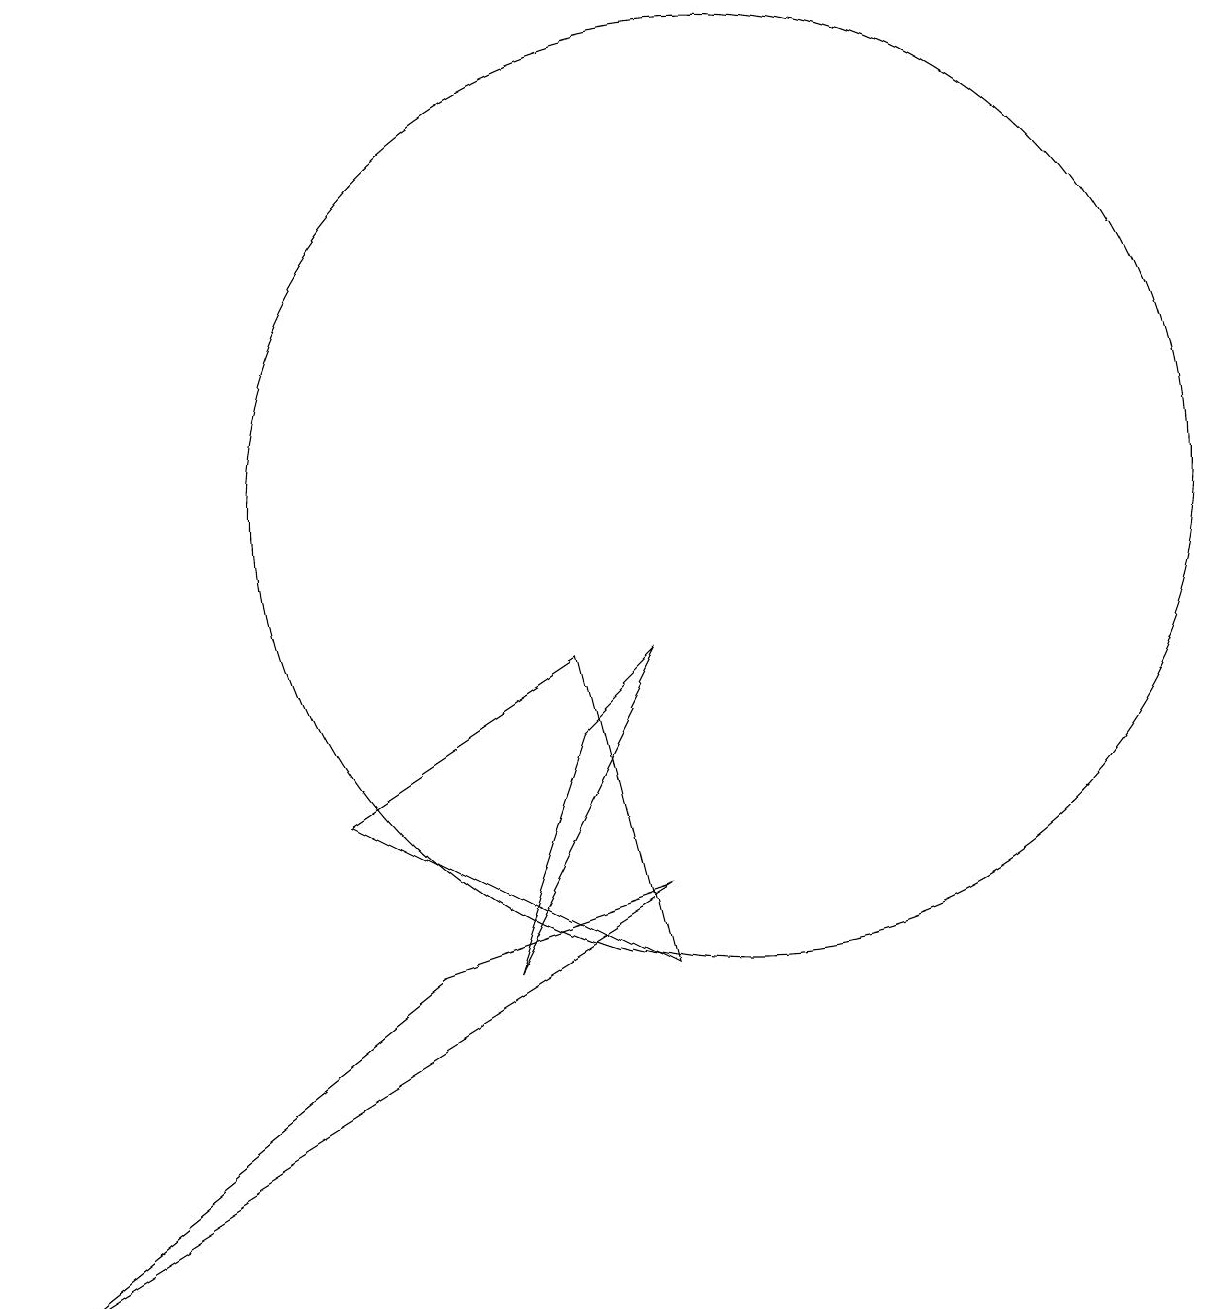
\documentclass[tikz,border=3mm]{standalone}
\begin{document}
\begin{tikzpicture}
\draw (10,11) circle (6);
\draw (9,6) -- (1,1) -- (6,5) -- cycle;
\draw (7,5) -- (8,8) -- (9,9) -- cycle;
\draw (8,9) -- (5,7) -- (9,5) -- cycle;
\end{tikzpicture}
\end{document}